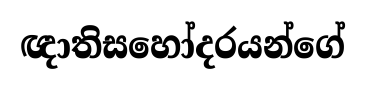
ඥාතිසහෝදරයන්ගේ